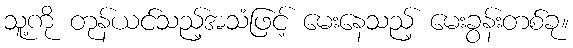
သူ့ကို တုန်ယင်သည့်အသံဖြင့် မေးနေသည့် မေးခွန်းတစ်ခု။